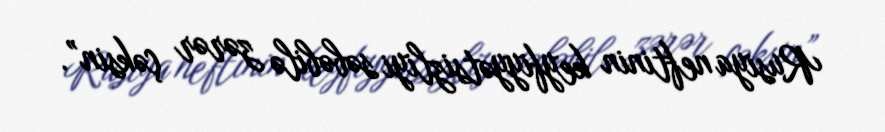
Rusiya neftinin keyfiyyətsizliyi səbəbilə zərər çəksin”.